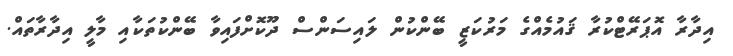
އިދާރާ އޮޕަރޭޓްކުރާ ޤައުމެއްގެ މަރުކަޒީ ބޭންކުން ލައިސަންސް ދޫކޮށްފައިވާ ބޭންކުތަކާއި މާލީ އިދާރާތައް.